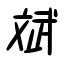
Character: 斌